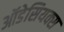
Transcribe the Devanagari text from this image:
ऑडेसियक्स